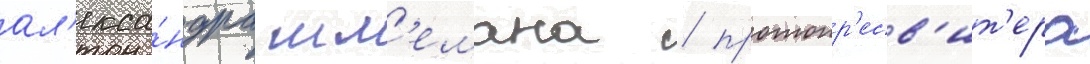
ал'екса́ндра шм'емана / протопр'есв'ит'ера